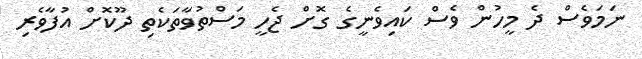
ނަމަވެސް ދެ މީހުން ވެސް ކައިވެނީގެ ގޮށް ޖެހީ މަސްތުވާތަކެތި ދޫކޮށް އުފާވެރި